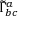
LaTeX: { \widetilde { \Gamma } } _ { b c } ^ { a }